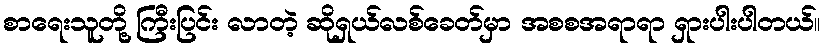
စာရေးသူတို့ ကြီးပြင်း လာတဲ့ ဆိုရှယ်လစ်ခေတ်မှာ အစစအရာရာ ရှားပါးပါတယ်။